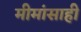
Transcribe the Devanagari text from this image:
मीमांसाही